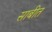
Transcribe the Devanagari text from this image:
साबीत